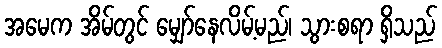
အမေက အိမ်တွင် မျှော်နေလိမ့်မည်၊ သွားစရာ ရှိသည်